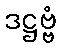
ဒဋ္ဌဗ္ဗံ